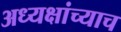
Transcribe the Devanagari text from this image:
अध्यक्षांच्याच